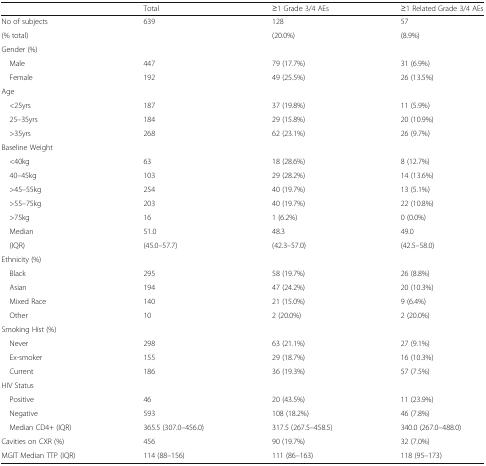
<table><thead><tr><td></td><td><b>Total</b></td><td><b>≥1 Grade 3/4 AEs</b></td><td><b>≥1 Related Grade 3/4 AEs</b></td></tr></thead><tbody><tr><td>No of subjects</td><td>639</td><td>128</td><td>57</td></tr><tr><td>(% total)</td><td></td><td>(20.0%)</td><td>(8.9%)</td></tr><tr><td colspan="4">Gender (%)</td></tr><tr><td> Male</td><td>447</td><td>79 (17.7%)</td><td>31 (6.9%)</td></tr><tr><td> Female</td><td>192</td><td>49 (25.5%)</td><td>26 (13.5%)</td></tr><tr><td colspan="4">Age</td></tr><tr><td> &lt;25yrs</td><td>187</td><td>37 (19.8%)</td><td>11 (5.9%)</td></tr><tr><td> 25–35yrs</td><td>184</td><td>29 (15.8%)</td><td>20 (10.9%)</td></tr><tr><td> &gt;35yrs</td><td>268</td><td>62 (23.1%)</td><td>26 (9.7%)</td></tr><tr><td colspan="4">Baseline Weight</td></tr><tr><td> &lt;40kg</td><td>63</td><td>18 (28.6%)</td><td>8 (12.7%)</td></tr><tr><td> 40–45kg</td><td>103</td><td>29 (28.2%)</td><td>14 (13.6%)</td></tr><tr><td> &gt;45–55kg</td><td>254</td><td>40 (19.7%)</td><td>13 (5.1%)</td></tr><tr><td> &gt;55–75kg</td><td>203</td><td>40 (19.7%)</td><td>22 (10.8%)</td></tr><tr><td> &gt;75kg</td><td>16</td><td>1 (6.2%)</td><td>0 (0.0%)</td></tr><tr><td> Median</td><td>51.0</td><td>48.3</td><td>49.0</td></tr><tr><td> (IQR)</td><td>(45.0–57.7)</td><td>(42.3–57.0)</td><td>(42.5–58.0)</td></tr><tr><td colspan="4">Ethnicity (%)</td></tr><tr><td> Black</td><td>295</td><td>58 (19.7%)</td><td>26 (8.8%)</td></tr><tr><td> Asian</td><td>194</td><td>47 (24.2%)</td><td>20 (10.3%)</td></tr><tr><td> Mixed Race</td><td>140</td><td>21 (15.0%)</td><td>9 (6.4%)</td></tr><tr><td> Other</td><td>10</td><td>2 (20.0%)</td><td>2 (20.0%)</td></tr><tr><td colspan="4">Smoking Hist (%)</td></tr><tr><td> Never</td><td>298</td><td>63 (21.1%)</td><td>27 (9.1%)</td></tr><tr><td> Ex-smoker</td><td>155</td><td>29 (18.7%)</td><td>16 (10.3%)</td></tr><tr><td> Current</td><td>186</td><td>36 (19.3%)</td><td>57 (7.5%)</td></tr><tr><td colspan="4">HIV Status</td></tr><tr><td> Positive</td><td>46</td><td>20 (43.5%)</td><td>11 (23.9%)</td></tr><tr><td> Negative</td><td>593</td><td>108 (18.2%)</td><td>46 (7.8%)</td></tr><tr><td> Median CD4+ (IQR)</td><td>365.5 (307.0–456.0)</td><td>317.5 (267.5–458.5)</td><td>340.0 (267.0–488.0)</td></tr><tr><td>Cavities on CXR (%)</td><td>456</td><td>90 (19.7%)</td><td>32 (7.0%)</td></tr><tr><td>MGIT Median TTP (IQR)</td><td>114 (88–156)</td><td>111 (86–163)</td><td>118 (95–173)</td></tr></tbody></table>